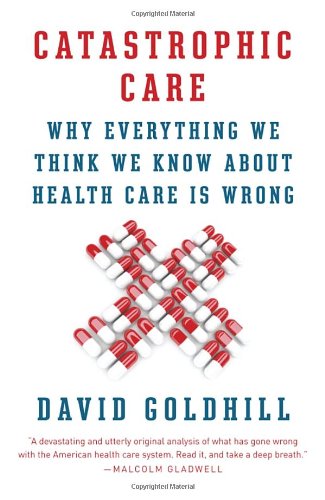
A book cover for Catastrophic Care: Why Everything We Think We Know about Health Care Is Wrong; David Goldhill; Medical Books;